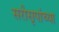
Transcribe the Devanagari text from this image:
सरीसृपांच्या